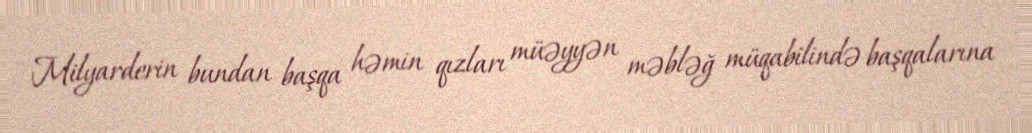
Milyarderin bundan başqa həmin qızları müəyyən məbləğ müqabilində başqalarına